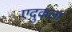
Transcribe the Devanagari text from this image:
एदुकला